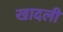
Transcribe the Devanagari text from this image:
खादली